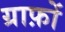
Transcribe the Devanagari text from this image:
ग्राफ़ों